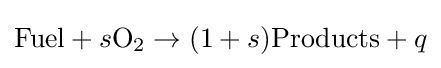
\mathrm {Fuel} +s\mathrm {O} _{2}\rightarrow (1+s)\mathrm {Products} +q